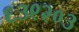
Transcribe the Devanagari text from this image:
६३९२०३